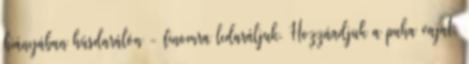
hiányában húsdarálón - finomra ledaráljuk. Hozzáadjuk a puha vajat,